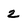
Character: 2